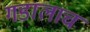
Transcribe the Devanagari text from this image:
गडालाच